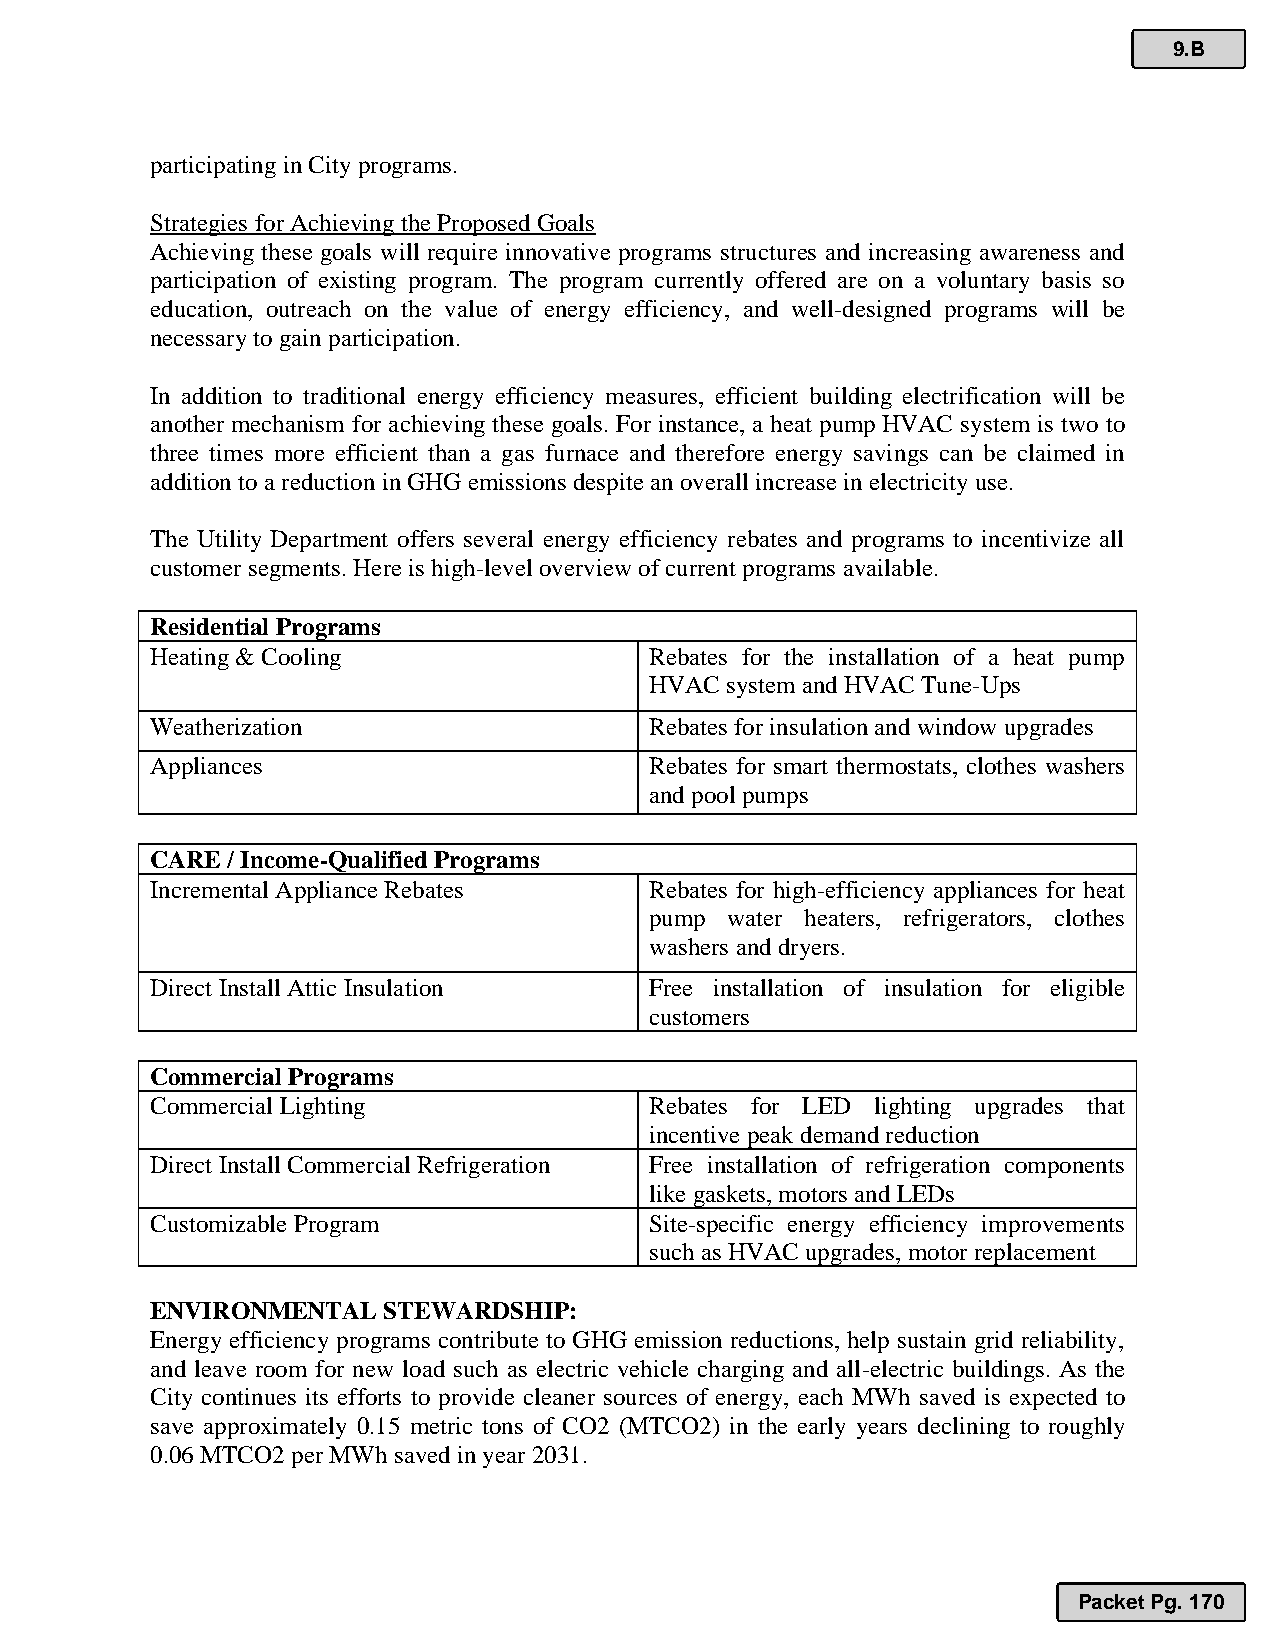
9.B
 participating in City programs.
 Strategies for Achieving the Proposed Goals
 Achieving these goals will require innovative programs structures and increasing awareness and
 participation of existing program. The program currently offered are on a voluntary basis so
 education, outreach on the value of energy efficiency, and well-designed programs will be
 necessary to gain participation.
 In addition to traditional energy efficiency measures, efficient building electrification will be
 another mechanism for achieving these goals. For instance, a heat pump HVAC system is two to
 three times more efficient than a gas furnace and therefore energy savings can be claimed in
 addition to a reduction in GHG emissions despite an overall increase in electricity use.
 The Utility Department offers several energy efficiency rebates and programs to incentivize all
 customer segments. Here is high-level overview of current programs available.
 Residential Programs
 Heating & Cooling                Rebates for the installation of a heat pump
 HVAC system and HVAC Tune-Ups
 Weatherization                   Rebates for insulation and window upgrades
 Appliances                       Rebates for smart thermostats, clothes washers
 and pool pumps
 CARE / Income-Qualified Programs
 Incremental Appliance Rebates    Rebates for high-efficiency appliances for heat
 pump water heaters, refrigerators, clothes
 washers and dryers.
 Direct Install Attic Insulation  Free installation of insulation for eligible
 customers
 Commercial Programs
 Commercial Lighting              Rebates for LED lighting upgrades that
 incentive peak demand reduction
 Direct Install Commercial Refrigeration Free installation of refrigeration components
 like gaskets, motors and LEDs
 Customizable Program             Site-specific energy efficiency improvements
 such as HVAC upgrades, motor replacement
 ENVIRONMENTAL  STEWARDSHIP:
 Energy efficiency programs contribute to GHG emission reductions, help sustain grid reliability,
 and leave room for new load such as electric vehicle charging and all-electric buildings. As the
 City continues its efforts to provide cleaner sources of energy, each MWh saved is expected to
 save approximately 0.15 metric tons of CO2 (MTCO2) in the early years declining to roughly
 0.06 MTCO2 per MWh saved in year 2031.
 Packet Pg. 170